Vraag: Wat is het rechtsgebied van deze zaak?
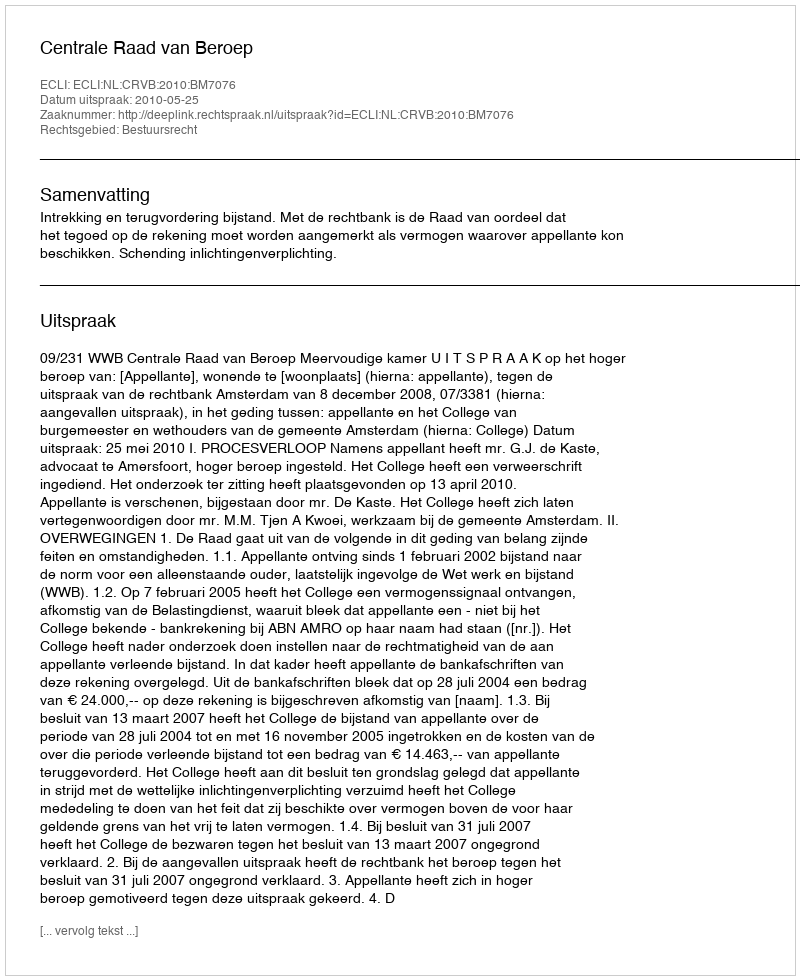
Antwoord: Bestuursrecht